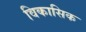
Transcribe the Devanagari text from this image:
विकासिक